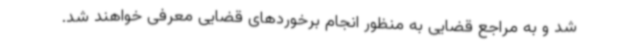
شد و به مراجع قضایی به منظور انجام برخوردهای قضایی معرفی خواهند شد.